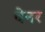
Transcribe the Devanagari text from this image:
बेनर